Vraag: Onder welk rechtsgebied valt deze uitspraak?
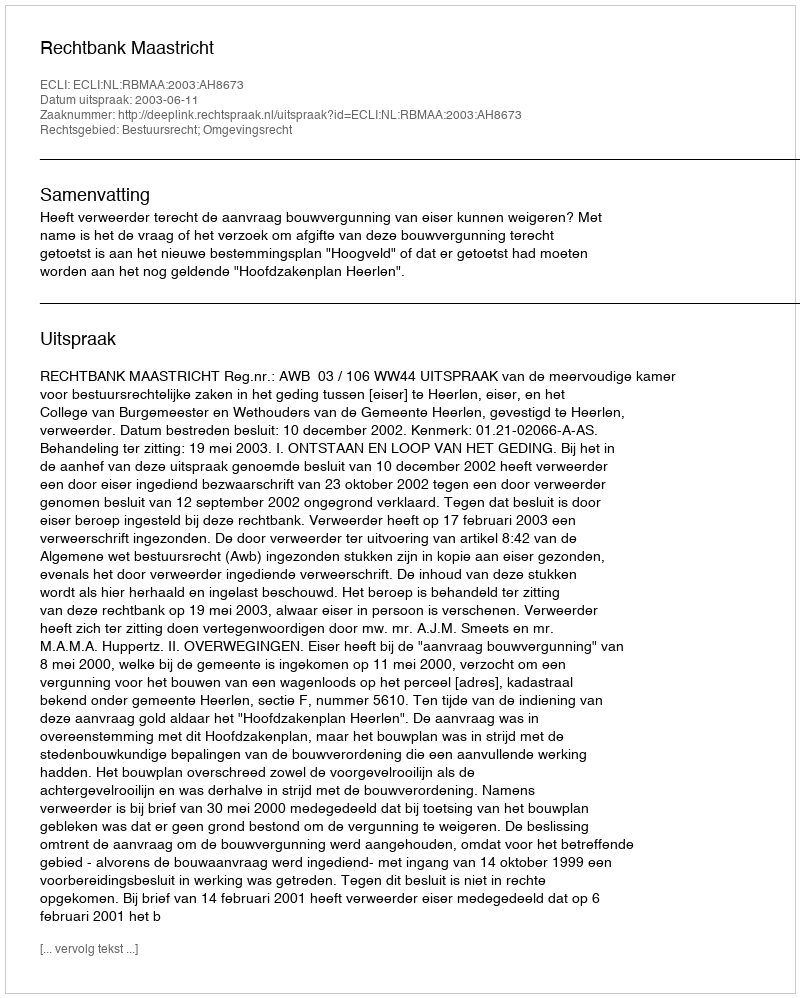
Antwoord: Bestuursrecht; Omgevingsrecht